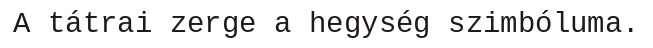
A tátrai zerge a hegység szimbóluma.